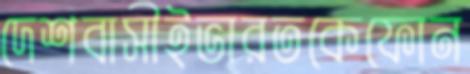
দেশবাসীইভারতকেফোন